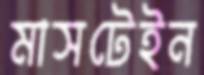
মাসটেইন